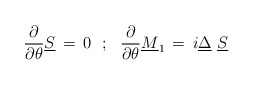
\begin{align*}{\partial \over \partial \theta} \underline S \,=\, 0 \,\,\,\,;\,\,\,\,{\partial \over \partial \theta} \underline M_1 \,=\, i \underline \Delta \,\, \underline S\end{align*}